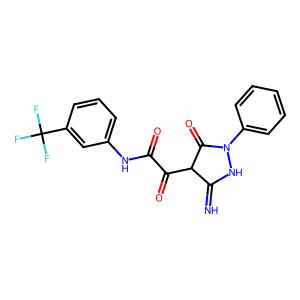
SMILES: N=C1NN(c2ccccc2)C(=O)C1C(=O)C(=O)Nc1cccc(C(F)(F)F)c1
Inhibits HIV replication: No